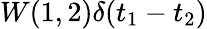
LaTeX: W(1,2)\delta(t_{1}-t_{2})